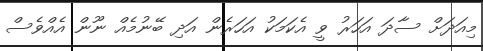
މިއަދަށް ސާދަ އަހަރު ވީ އެކަމަކު އަހަރެން އަދި ބޭނުމެއް ނޫން އެއްވެސް